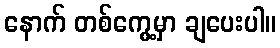
နောက် တစ်ကွေ့မှာ ချပေးပါ။